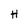
Character: H